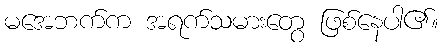
မအေဘက်က အရက်သမားတွေ ဖြစ်နေပါ၏။